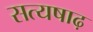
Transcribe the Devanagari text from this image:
सत्यषाढ़